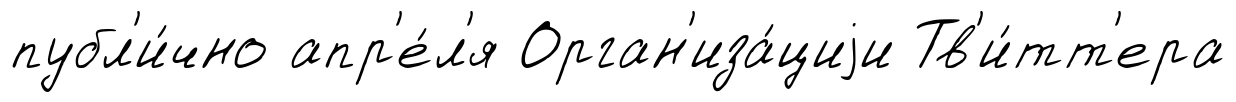
публ'и́чно апр'е́л'я Орган'иза́циjи Тв'и́тт'ера